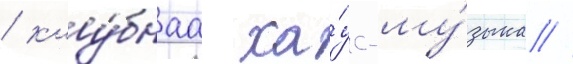
/ клу́бнаа ха́ус-му́зыка //